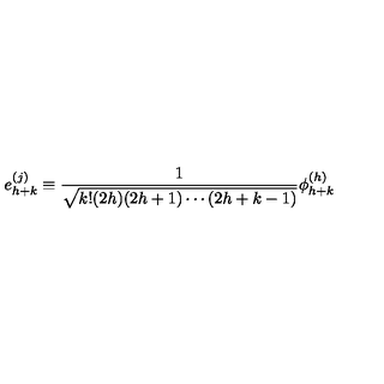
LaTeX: e _ { h + k } ^ { ( j ) } \equiv { \frac { 1 } { \sqrt { k ! ( 2 h ) ( 2 h + 1 ) \cdots ( 2 h + k - 1 ) } } } \phi _ { h + k } ^ { ( h ) }